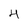
Character: 4